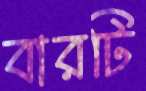
বারটি